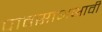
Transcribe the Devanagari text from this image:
पावसाअभावी